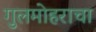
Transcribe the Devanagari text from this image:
गुलमोहराचा